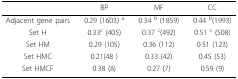
|  | BP | MF | CC |
 | --- | --- | --- | --- |
 | Adjacent gene pairs | 0.29 (1603) a | 0.34 b (1859) | 0.44 b(1993) |
 | Set H | 0.33c (405) | 0.37 c(492) | 0.51 c (508) |
 | Set HM | 0.29 (105) | 0.36 (112) | 0.51 (123) |
 | Set HMC | 0.21(48 ) | 0.33 (42) | 0.45 (53) |
 | Set HMCF | 0.38 (8) | 0.27 (7) | 0.59 (9) |